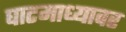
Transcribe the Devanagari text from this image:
घाटमाध्यावर